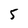
Character: 5